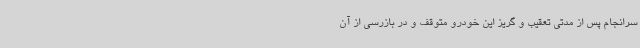
سرانجام پس از مدتی تعقیب و گریز این خودرو متوقف و در بازرسی از آن